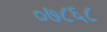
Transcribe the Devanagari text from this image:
०७८६८